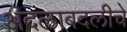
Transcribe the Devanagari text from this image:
अदलाबदलीचे